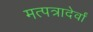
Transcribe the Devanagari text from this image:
मत्पत्रादेर्वां